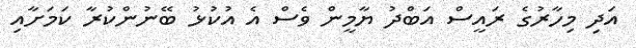
އަދި މިހާރުގެ ރައީސް އަބްދު ޔާމީން ވެސް އެ އުކުޅު ބޭނުންކުރާ ކަމަށާއި